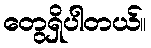
တွေရှိပါတယ်။